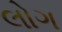
લોગ